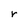
Character: r